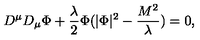
D ^ { \mu } D _ { \mu } \Phi + \frac { \lambda } { 2 } \Phi ( | \Phi | ^ { 2 } - \frac { M ^ { 2 } } { \lambda } ) = 0 ,